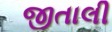
જીતાલી